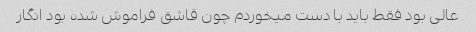
عالی بود فقط باید با دست میخوردم چون قاشق فراموش شده بود انگار